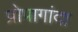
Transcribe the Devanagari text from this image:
प्रोपागांदा